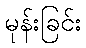
မုန်းခြင်း